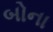
બોના